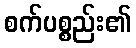
စက်ပစ္စည်း၏